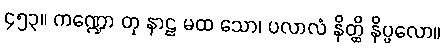
၄၅၃။ ကဏ္ဍော တု နာဠ မထ သော၊ ပလာလံ နိတ္ထိ နိပ္ဖလော။